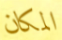
المكان